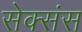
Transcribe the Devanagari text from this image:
सेक्संस